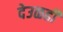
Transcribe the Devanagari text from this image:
देउळही